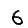
Digit: 6